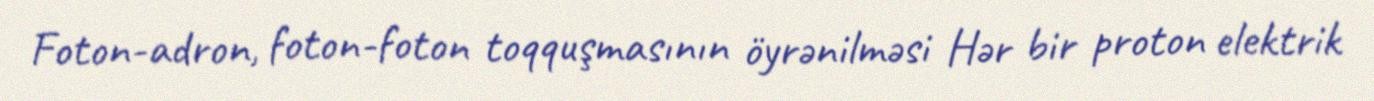
Foton-adron, foton-foton toqquşmasının öyrənilməsi Hər bir proton elektrik